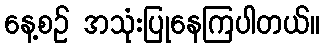
နေ့စဉ် အသုံးပြုနေကြပါတယ်။